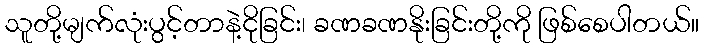
သူတို့မျက်လုံးပွင့်တာနဲ့ငိုခြင်း၊ ခဏခဏနိုးခြင်းတို့ကို ဖြစ်စေပါတယ်။